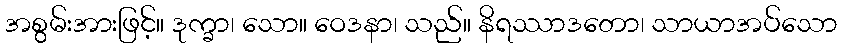
အစွမ်းအားဖြင့်။ ဒုက္ခာ၊ သော။ ဝေဒနာ၊ သည်။ နိရဿာဒတော၊ သာယာအပ်သော